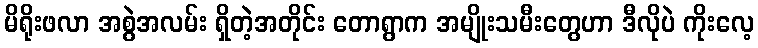
မိရိုးဖလာ အစွဲအလမ်း ရှိတဲ့အတိုင်း တောရွာက အမျိုးသမီးတွေဟာ ဒီလိုပဲ ကိုးလေ့